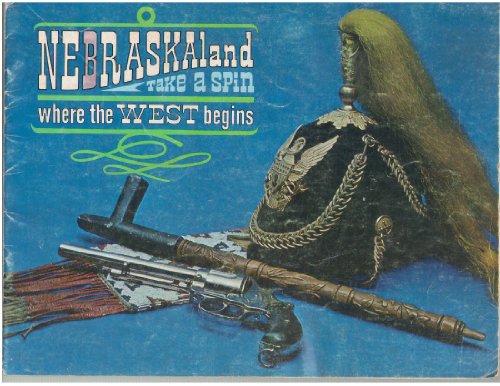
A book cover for NEBRASKAland: Take a Spin Where the West Begins; Travel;